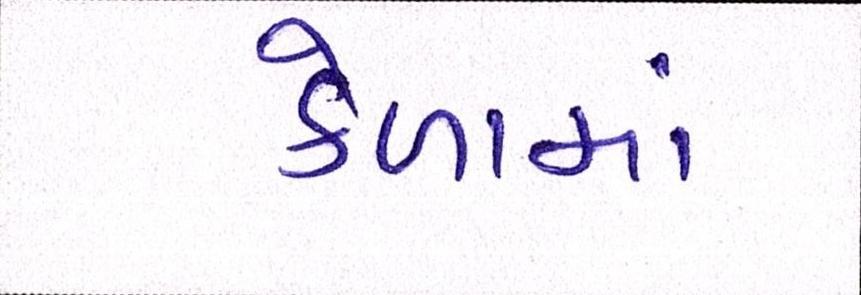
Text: કેળામાં